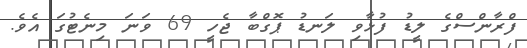
ފްރާންސްގެ ލީޑު ފުޅާވި ލަނޑު ޕޮގްބާ ޖެހީ 69 ވަނަ މިނެޓުގަ އެވެ.